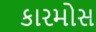
કારમોસ